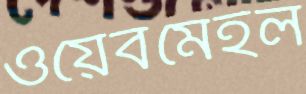
ওয়েবমেইল